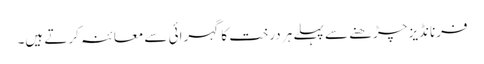
فرنانڈیز چڑھنے سے پہلے ہر درخت کا گہرائی سے معائنہ کرتے ہیں۔